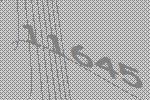
11645